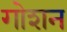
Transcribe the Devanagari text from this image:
गोशन